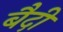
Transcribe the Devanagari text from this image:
बैदी